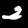
Digit: 2